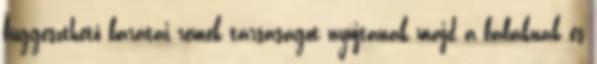
függeszthető barátai remek társaságot nyújtanak majd a babáknak és